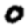
Digit: 0